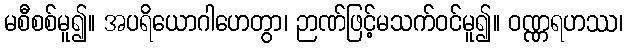
မစီစစ်မူ၍။ အပရိယောဂါဟေတွာ၊ ဉာဏ်ဖြင့်မသက်ဝင်မူ၍။ ဝဏ္ဏရဟဿ၊